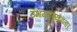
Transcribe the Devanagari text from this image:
उभयदृश्यावतार